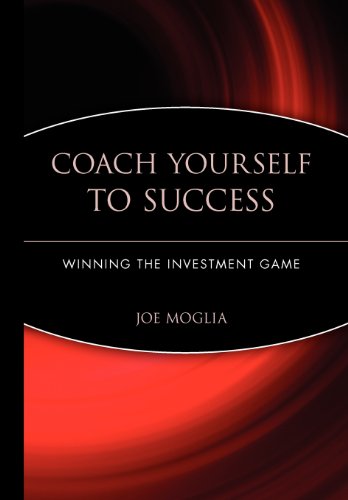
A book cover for Coach Yourself to Success : Winning the Investment Game; Joe Moglia; Business & Money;